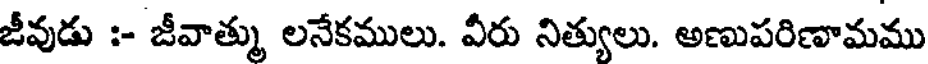
జీవుడు :- జీవాత్ము లనేకములు. వీరు నిత్యులు. అణుపరిణామము